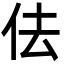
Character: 佉